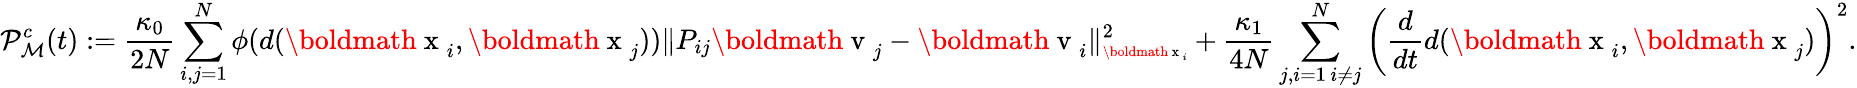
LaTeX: {\mathcal P}_{\mathcal M}^{c}(t):=\frac{\kappa_{0}}{2N}\sum_{i,j=1}^{N}\phi(d(\mathrm{\boldmath~x~}_{i},\mathrm{\boldmath~x~}_{j}))\| P_{ij}\mathrm{\boldmath~v~}_{j}-\mathrm{\boldmath~v~}_{i}\| _{\scriptsize\mathrm{\boldmath~x~}_{i}}^{2}+\displaystyle\frac{\kappa_{1}}{4N}\sum_{\substack{j,i=1\, i\neq j}}^{N}\left(\frac{d}{dt}d(\mathrm{\boldmath~x~}_{i},\mathrm{\boldmath~x~}_{j})\right)^{2}.